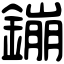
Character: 鏰